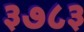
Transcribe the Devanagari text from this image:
३७८३